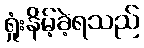
ရှုံးနိမ့်ခဲ့ရသည်